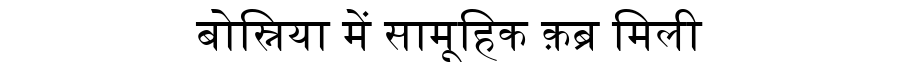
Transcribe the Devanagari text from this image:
बोस्निया में सामूहिक क़ब्र मिली